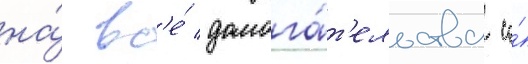
на́ вс'е́ домога́т'ельства со́